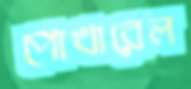
পোখারেল